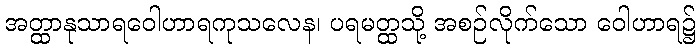
အတ္ထာနုသာရဝေါဟာရကုသလေန၊ ပရမတ္ထသို့ အစဉ်လိုက်သော ဝေါဟာရ၌